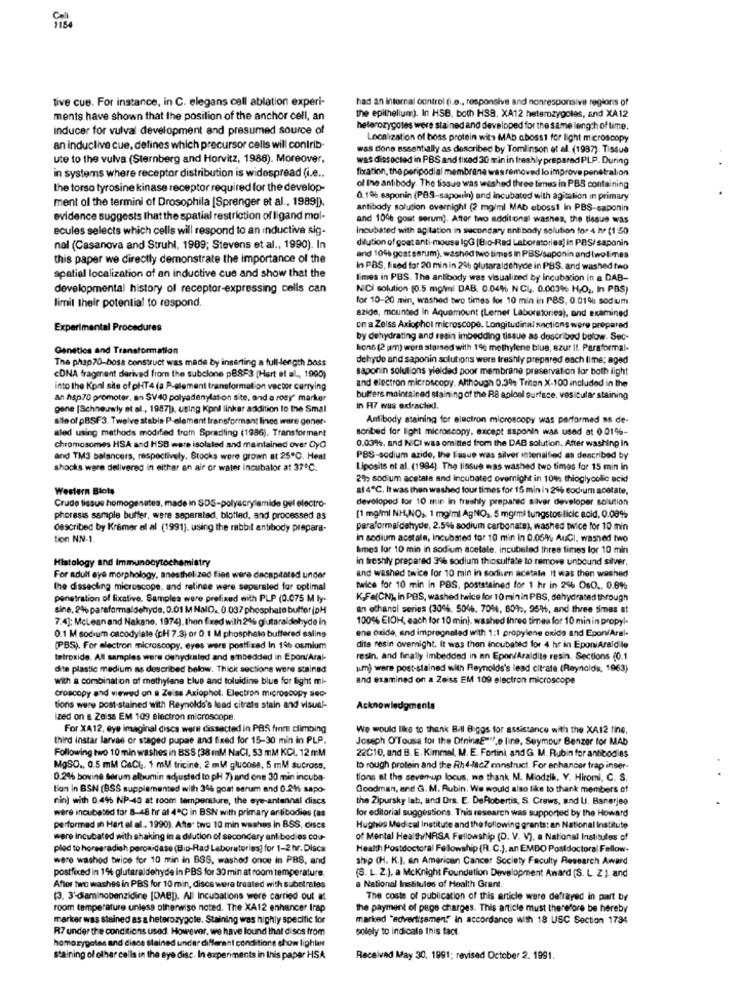
tive cue. For instance, in C. elegans cell ablation experi-
had an internal control (i.e ., responsive and nonresponsive regions of
ments have shown that the position of the anchor cell, an
the epithelium). In HSB. both HSB, XA12 heterozygotes, and XA12
inducer for vulval development and presumed source of
heterozygotes were stained and developed for the same length of time.
Localization of boss protein wits MAb cbossi for light microscopy
an inductive cue, defines which precursor cells will contrib-
was done essentially as described by Tomlinson et al. (1987). Tissue
ute to the vulva (Sternberg and Horvitz, 1988). Moreover,
was dissected in PBS and fixed 30 min in freshly prepared PLP. During
fixation, the peripodial membrane was removed lo improve penetrabon
in systems where receptor distribution is widespread (i.e ..
the torso tyrosine kinase receptor required for the develop-
of the antibody. The tissue was wished three times in PBS containing
ment of the termini of Drosophila [Sprenger et al ., 1989]).
0.1% saponin (PBS-sapouin) and incubated with agitation in primary
antibody solution overnight (2 mg/ml MAb ebossi in PBS-saponin
evidence suggests that the spatial restriction of ligand mol-
and 10% goat serum]. After two additional washes, the tissue was
ecules selects which cells will respond to an inductive sig-
incubated with agitation in secondary uni body solution for 4 hr (1:50
dilution of goat anti-mouse IgG [Bio-Rad Laboratories] in PBS/ saponin
nal (Casanova and Struhl, 1989; Stevens et al ., 1990). In
this paper we directly demonstrate the importance of the
and 106 goat serum), washed Two times in PBS/saponin and twolimes
spatial localization of an inductive cue and show that the
In PBS, fixed for 20 min in 2% plutaraldehyde in PBS. and washed two
limes in PBS. The antibody was visualized by incubation in a DAB-
developmental history of receptor-expressing cells can
NiCI solution (0.5 mg/ml DAB. 0.04% N CL ,, 0.003% H.O ., In PBS)
for 10-20 min, washed two times for 10 min in PBS, 0.01% sodium
limit their potential to respond.
82ide, mounted In Aquamount (Lerner Laboratories), and examined
Experimental Procedures
on a Zeiss Axiophol microscope. Longitudinal sactions were prepared
by dehydrating and resin imbedding tissue as described below. Sec-
Genetics and Transformation
bons (2 jam) were slamned with 1% methylene blue, azur IL. Paraformal-
The phap70-boss construct was made by inserting a full-length boss
dehyde and saponin solutions were freshly prepared each time: aged
saponin solutions yielded poor membrane preservation for both light
cDNA fragment derived from the subclone p8883 (Hart et al ., 1990)
and electron microscopy. Although 0.39% Triton X-100 included in the
into the Kpnl site of pHT4 (a P-element transformation vector carrying
An hsp70 promoter. an SV40 polyadenylation site, and a rosy' marker
buffers maintained staining of the RB aploel surface, vesicular staining
gene [SchneJwly et al ., 1987), using Kpnil linkar addition to the Smal
in A7 was edfracled.
sleof pBSF3. Twelve stable P-element transformant linos ware gener-
Antibody staining for electron microscopy was performed as de-
aled using methods modified from Spradling (1986). Transformant
soribed for light microscopy, except saponin was used at 0 01%-
0.03%, and NICI was omitted from the DAB solution. After washing in
chromosomes HSA and HSB were isolated and maintained over CyO
and TM3 balancers, respectively. Stocks were grown at 25℃. Heat
PBS-sodium azide, the Fasue was silver intensified as described by
shocks were delivered in either an air of water incubator at 37℃.
Liposits et al. (1984). The lissue was washed two times for 15 min in
2% sodium acetale and incubated overnight in 1096 thioglycolic acid
Western Blots
af 4℃. It was then washed four times for 15 min |> 26 eodum acetate,
Crude tissus homogenates, made in SDS-polyacrylamide gel electro-
developed for 10 min In freshly prepared silver developer solution
phoresis sample buffer, were saperated, blotted, and processed as
[1 mg/ml NH,NO ,, 1 mg/ml AgNO ,, 5 mg/ml tungstos licic acid, 0.08%
described by Krämer el al (1991), using the rabbit antibody prepara-
paraformaldehyde, 2.5%% sodium carbonate), washed twice for 10 min
tion NN-1.
in sodium acstale, Incubated for 10 min in 0.05% AuGI, washed two
hmes for 10 min in sodium acetate. incubeled three times for 10 min
Histology and Immunocytochemistry
in freshly prepared 3% sodium thiosulfate to remove unbound silver,
und washed twice for 10 min in sodium acatala It was then washed
For adult eye morphology, anesthelized fies were decapitated under
the dissecting microscope, and relinge were seperated for optimal
twice for 10 min in PBS, poststained for 1 hr in 26 OsO .. 0.8%
penetration of lixative. Samples were prefixed with PLP (0.075 M ly-
K,Fa(CN), in PBS, washed twice for 10 minin PBS, dehydrated through
sine, 2% paraformaldehyde, 0.01 M NalD. 0.037 phosphate buffer (DH
an ethanol series (30%, 5046. 70%, 609 :, 9546, and three simas at
7.4]: McLean and Nakane, 1974). then fixed with 2% glutaraldehyde in
100% EIOH, each for 10 min), washed three times for 10 min in propyl.
0.1 M sodium cacodylale (cH 7.3) or 0.1 M phosphate buffered saling
ene oxide, and impregnated with 1:1 propylene oxide and EponAral-
(PBS). For electron microscopy, eyes were postfixad In 196 osmium
dite resin overnight. It was then incubated for 4 hr in EponiAraldile
tetroxide. All samples were dehydrated and embedded in Epon/Aral-
resin, and finally imbedded in an Epon/Araldite resin. Sections (0.1
dite plastic medium as described below. Thick sections were stained
um) were post-stained with Reynolds's lead citrate (Reynolds, 1963)
with a combination of methylane blue and toluidine blue for light mi-
and examined on a Zeiss EM 109 electron microscope
croacopy and viewed on a Zeiss Axiophot. Electron microscopy seo-
tions were post-stained with Reynolds's lead citrate stain and visual-
Acknowledgments
Ized on & Zeiss EM 109 electron microscope.
For XA12, eye Imaginal disca were dissected in PBS from climbing
We would like to thank Bill Biggs for assistance with the XA12 tine,
third instar larvae or staged pupae and fixed for 15-30 min in PLP.
Joseph O'Tousa for the DtninaEw.o line, Seymour Benzer for MAb
Following two 10 min washes in BSS (38 mM NaCI, 53 mM KCL, 12 mM
22C10, and B. E. Kimmel, M. E. Fortini, and G. M. Rubin for antibodies
MgSO ., 0.5 mMl CaCI ,. 1 mld tricine, 2 ml glucose, 5 mM sucross,
to rough protein and the Rh4-lacZ ennstruct. For enhancer trap inser-
0.2% bovine Serum albumin adjusted to pH 7) and one 30 min incuba
tions at the seven-up locus, we thank M. Miodzik, Y. Hiromi, C. S.
Bon in BSN (BSS supplemented with 3% goat serum and 0.21% sapo-
Goodman, and G. M. Rubin. We would also like to thank members of
nin) with 0.446 NP-40 at room temperature, the eye-antennal discs
the Zipursky lab, and Drs. E. DeRobertis, S. Crews, and U. Banerjee
were incubated for 8-48 hr al 4℃ in BSN with primary antibodies (as
for editorial suggestions. This research was supported by the Howard
performed in Hart el al. 1990). After two 10 min washes in BSS, discs
Hughes Medical Institute and the following grants: an National Institute
were incubated with shaking in a dilution of secondary antibodies cou-
of Mental Health/NASA Fellowship (D. V. V), a National Institutes of
plod to horseradish peroxidase (Bio-Rad Laboratorias] for 1-2 hr. Disca
Health Postdoctoral Fellowship (R. C.), an EMBO Postdoctoral Fellow.
were washed twice for 10 min in BOS, washed onoe in PBS, and
ship (H. K.J. an American Cancer Society Faculty Research Award
postfeced in 1% glutaraldehyde in PBS for 30 min at room temperature.
(S. L. 2.), a Mcknight Foundation Development Anard (S. L. Z ). and
Affor two washes in PBS for 10 min, discs were treated with substrales
a National Institutes of Health Grant.
(3, 3'diaminobenzidine [DABD). All Incubations were carried out at
The costs of publication of this article were defrayed in part by
room temperature unless otherwise noted. The XA12 enhancer Irap
the payment of page charges. This article must therefore be hereby
marker was stained as a heterozygote. Staining was highly specific for
marked "advertisement in accordance with 18 USC Section 1794
R7 under the conditions used. However, we have found that discs from
solely to indicate this fact.
homozygotes and disce stained under different conditions chow lighter
staining of olhar cells in the eye disc. In experiments in this paper HSA
Received May 30, 1991; revised October 2. 1991.